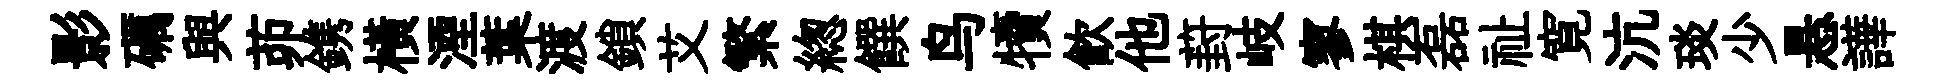
影礪與茆鎸橫湮葉渡鎖艾繁緫饌鸟犢飮他葑岐寥棋磊祉寛沆琰少悬譁